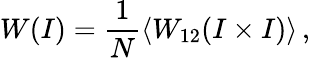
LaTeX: W(I)=\frac{1}{N}\langle W_{12}(I\times I)\rangle\, ,